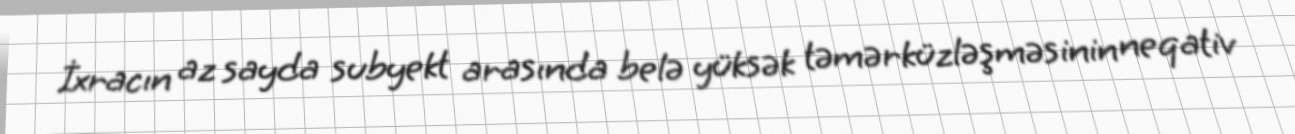
İxracın az sayda subyekt arasında belə yüksək təmərküzləşməsinin neqativ